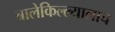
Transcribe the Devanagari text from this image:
बालेकिल्ल्यालाच